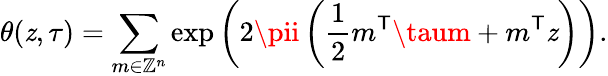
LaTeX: \theta(\mathit{z},\tau)=\sum_{m\in\mathbb{{Z}}^{n}}\exp\left(2\pii\left({\frac{{1}}{{2}}}m^{\mathsf{{T}}}\taum+m^{\mathsf{{T}}}\mathit{z}\right)\right).